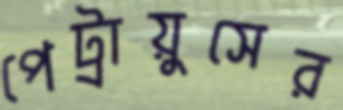
পেট্রায়ুসের